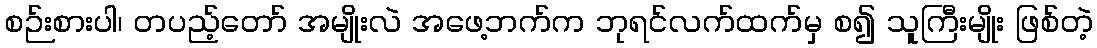
စဉ်းစားပါ၊ တပည့်တော် အမျိုးလဲ အဖေ့ဘက်က ဘုရင်လက်ထက်မှ စ၍ သူကြီးမျိုး ဖြစ်တဲ့